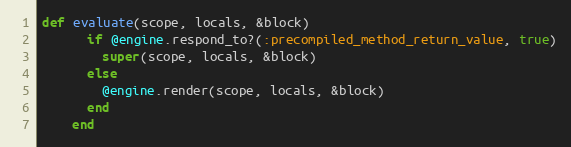
Language: Ruby
def evaluate(scope, locals, &block)
      if @engine.respond_to?(:precompiled_method_return_value, true)
        super(scope, locals, &block)
      else
        @engine.render(scope, locals, &block)
      end
    end